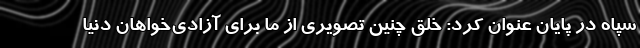
سپاه در پایان عنوان کرد: خلق چنین تصویری از ما برای آزادی‌خواهان دنیا